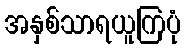
အနှစ်သာရယူကြပုံ